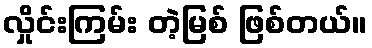
လှိုင်းကြမ်း တဲ့မြစ် ဖြစ်တယ်။